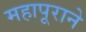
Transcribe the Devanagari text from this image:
महापूराने